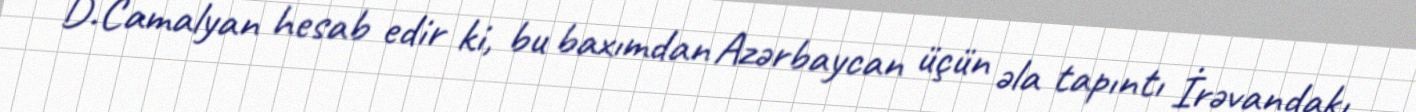
D.Camalyan hesab edir ki, bu baxımdan Azərbaycan üçün əla tapıntı İrəvandakı